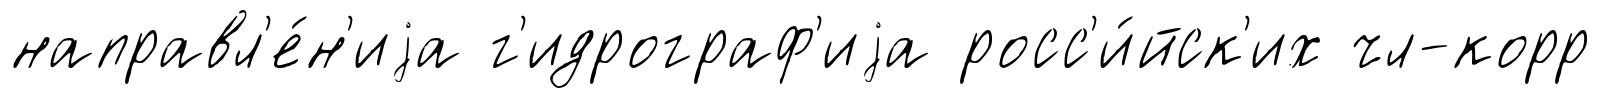
направл'е́н'иjа г'идрограф'иjа росс'и́йск'их чл-корр